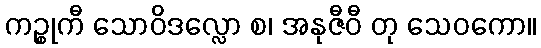
ကဉ္စုကီ သောဝိဒလ္လော စ၊ အနုဇီဝီ တု သေဝကော။